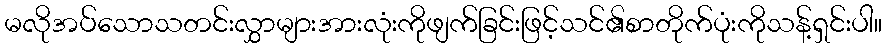
မလိုအပ်သောသတင်းလွှာများအားလုံးကိုဖျက်ခြင်းဖြင့်သင်၏စာတိုက်ပုံးကိုသန့်ရှင်းပါ။